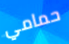
حمامي